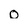
Character: 0